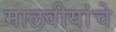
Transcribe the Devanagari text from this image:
मालवीयांचे